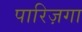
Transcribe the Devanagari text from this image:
पारिज़गा